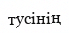
тусінің